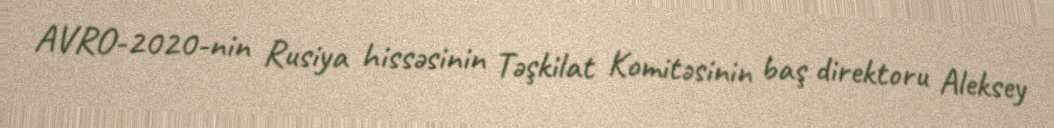
AVRO-2020-nin Rusiya hissəsinin Təşkilat Komitəsinin baş direktoru Aleksey